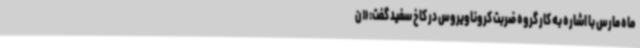
ماه مارس با اشاره به کار گروه ضربت کروناویروس در کاخ سفید گفت: «ن